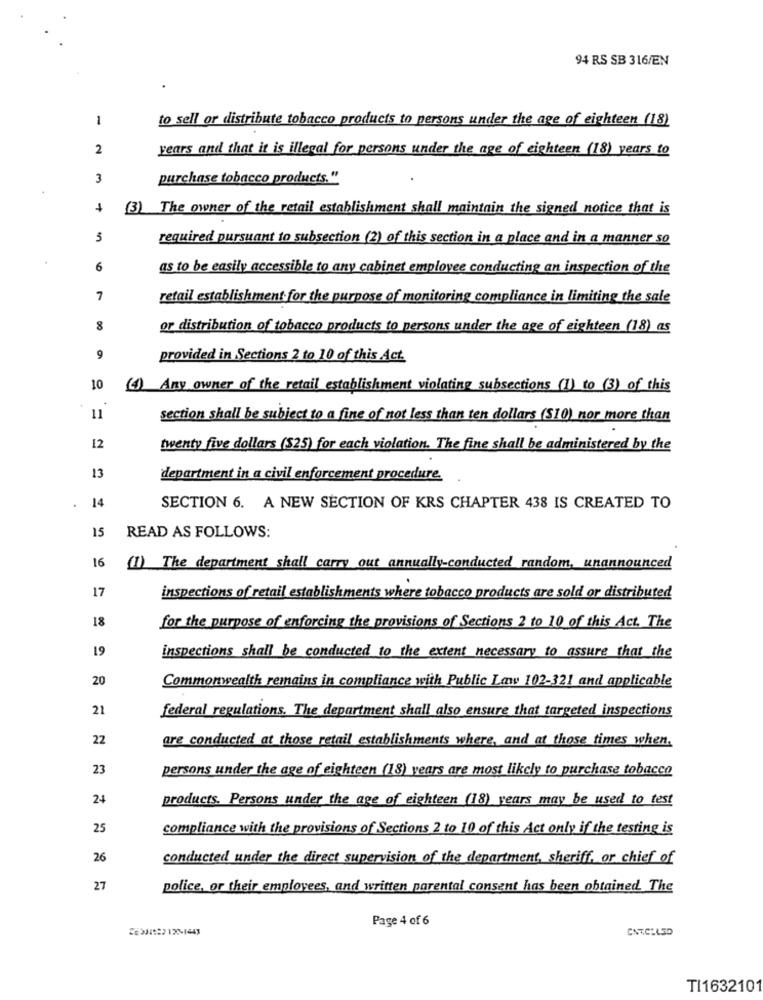
94 RS SB 316/EN
1
to sell or distribute tobacco products to persons under the age of eighteen (18)
2
years and that it is illegal for persons under the age of eighteen (18) years to
3
purchase tobacco products."
(3) The owner of the retail establishment shall maintain the signed notice that is
5
required pursuant to subsection (2) of this section in a place and in a manner so
6
as to be easily accessible to any cabinet employee conducting an inspection of the
7
retail establishment for the purpose of monitoring compliance in limiting the sale
8
or distribution of tobacco products to persons under the age of eighteen (18) as
9
provided in Sections 2 to 10 of this Act.
10
(1) Any owner of the retail establishment violating subsections (1) to (3) of this
11
section shall be subject to a fine of not less than ten dollars (S10) nor more than
12
twenty five dollars ($25) for each violation. The fine shall be administered by the
13
department in a civil enforcement procedure.
14
SECTION 6. A NEW SECTION OF KRS CHAPTER 438 IS CREATED TO
15
READ AS FOLLOWS:
16
(1) The department shall carry out annually-conducted random, unannounced
17
inspections of retail establishments where tobacco products are sold or distributed
18
for the purpose of enforcing the provisions of Sections 2 to 10 of this Act. The
19
inspections shall be conducted to the extent necessary to assure that the
20
Commonwealth remains in compliance with Public Law 102-321 and applicable
21
federal regulations. The department shall also ensure that targeted inspections
22
are conducted at those retail establishments where, and at those times when.
23
persons under the age of eighteen (18) years are most likely to purchase tobacco
24
products. Persons under the age of eighteen (18) years may be used to test
25
compliance with the provisions of Sections 2 to 10 of this Act only if the testing is
26
conducted under the direct supervision of the department, sheriff, or chief of
27
police, or their employees, and written parental consent has been obtained The
Page 4 of 6
DE3412212-1443
CAT.CLLSD
TI163210